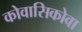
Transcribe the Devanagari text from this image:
कोवासिकोवा